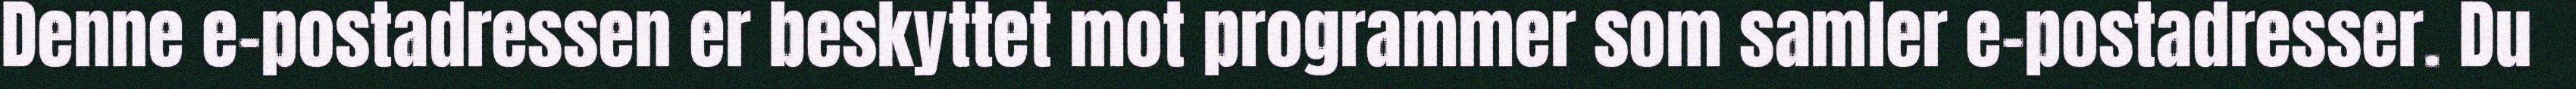
Denne e-postadressen er beskyttet mot programmer som samler e-postadresser. Du